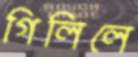
গিলিলে